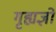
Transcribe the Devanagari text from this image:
गृह्यज्ञों